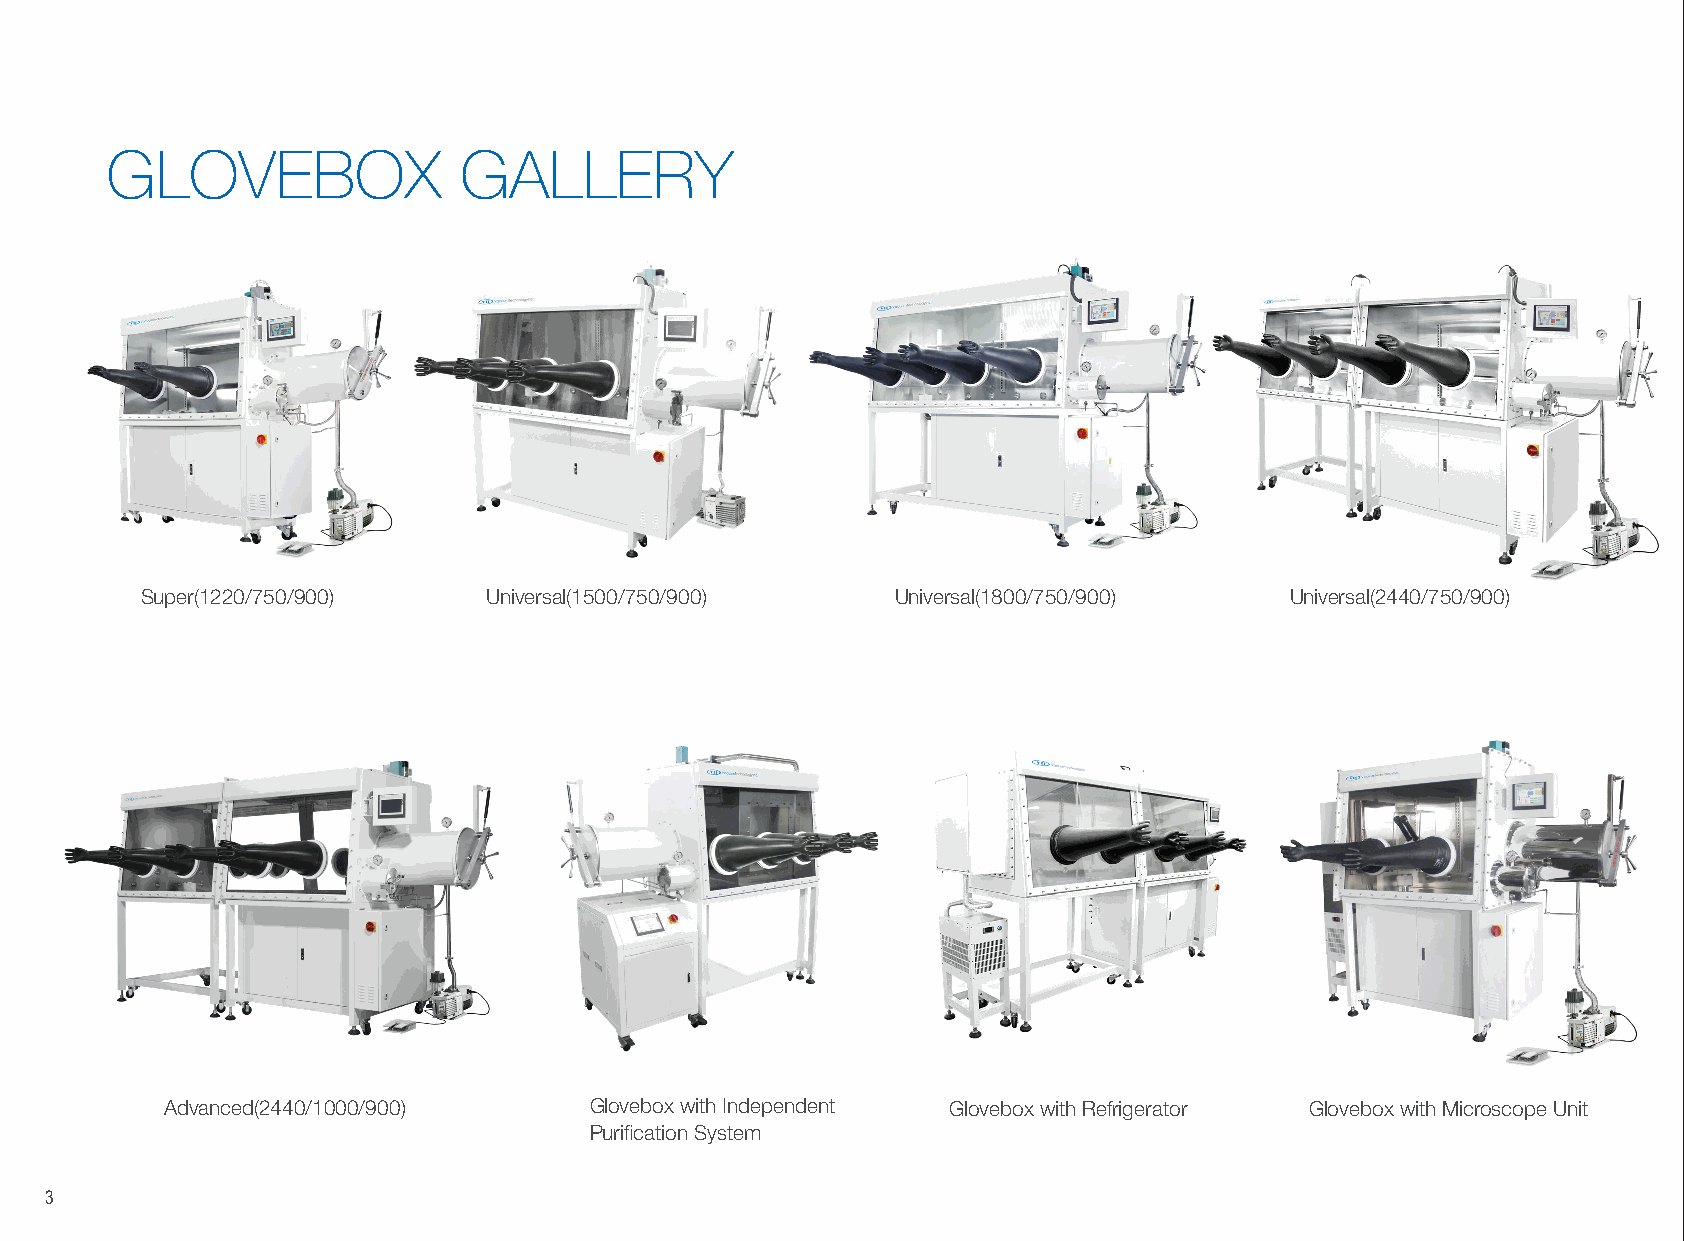
GLOVEBOX               GALLERY
 Super(1220/750/900)    Universal(1500/750/900)    Universal(1800/750/900)   Universal(2440/750/900)
 Advanced(2440/1000/900)     Glovebox with Independent Glovebox with Refrigerator Glovebox with Microscope Unit
 Purification System
 3